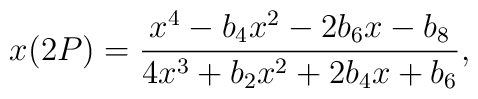
x(2P) = \frac{x^4 -b_4 x^2 -2b_6 x -b_8}{4x^3 +b_2 x^2 + 2b_4 x+b_6},